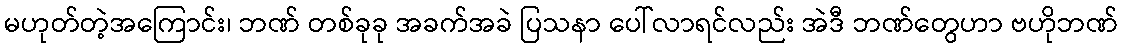
မဟုတ်တဲ့အကြောင်း၊ ဘဏ် တစ်ခုခု အခက်အခဲ ပြသနာ ပေါ်လာရင်လည်း အဲဒီ ဘဏ်တွေဟာ ဗဟိုဘဏ်